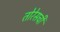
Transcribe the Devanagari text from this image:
तोरेसची